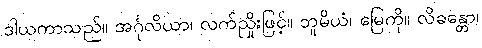
ဒါယကာသည်။ အင်္ဂုလိယာ၊ လက်ညှိုးဖြင့်။ ဘူမိယံ၊ မြေကို။ လိခန္တော၊